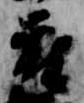
府